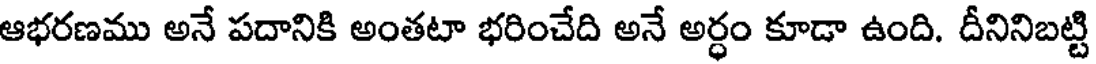
ఆభరణము అనే పదానికి అంతటా భరించేది అనే అర్ధం కూడా ఉంది. దీనినిబట్టి